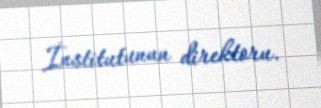
İnstitutunun direktoru.